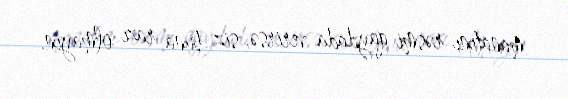
manatını rəsmi qaydada verirsə, siz buna razı olmayın.